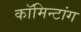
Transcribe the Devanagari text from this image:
कॉमिन्टांग